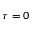
\tau = 0